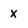
Character: x